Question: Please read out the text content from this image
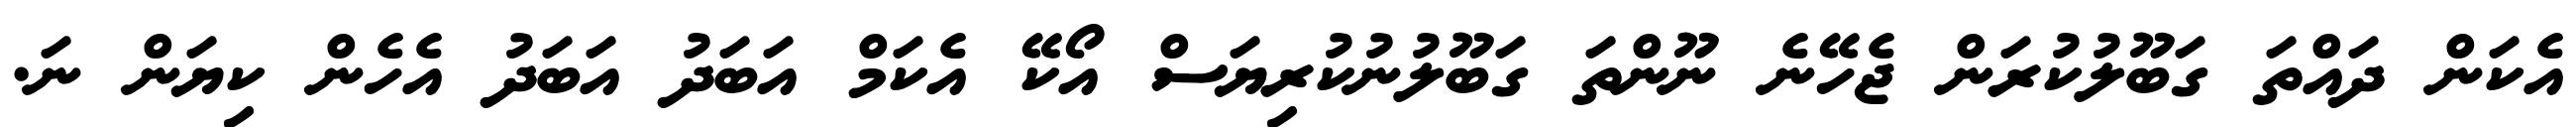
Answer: އެކަން ދައްތަ ގަބޫލުކުރަން ޖެހޭނެ ނޫންތަ ގަބޫލުނުކުރިޔަސް އޯކޭ އެކަމް އަބަދު އަބަދު އެހެން ކިޔަން ނަ.